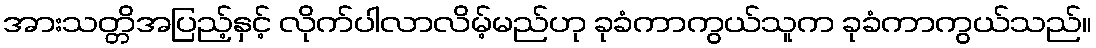
အားသတ္တိအပြည့်နှင့် လိုက်ပါလာလိမ့်မည်ဟု ခုခံကာကွယ်သူက ခုခံကာကွယ်သည်။